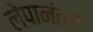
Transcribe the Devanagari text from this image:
लेपानंतर